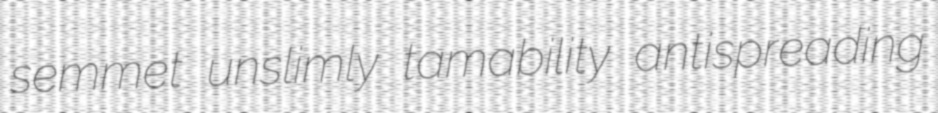
semmet unslimly tamability antispreading